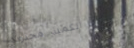
الكمية محدودة